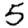
Digit: 5